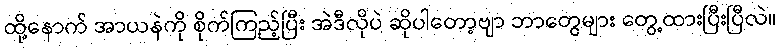
ထို့နောက် အာယနဲကို စိုက်ကြည့်ပြီး အဲဒီလိုပဲ ဆိုပါတော့ဗျာ ဘာတွေများ တွေ့ထားပြီးပြီလဲ။